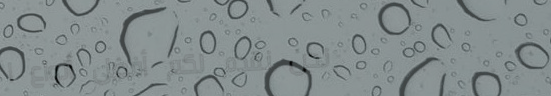
نحن نقدم لكم أفضل أنواع ا